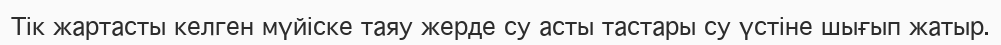
Тік жартасты келген мүйіске таяу жерде су асты тастары су үстіне шығып жатыр.